Annual report of the Bengal Veterinary College and of the Civil Veterinary Department, Bengal, for the year 1920-21 - 1920-1921
Year: 1920
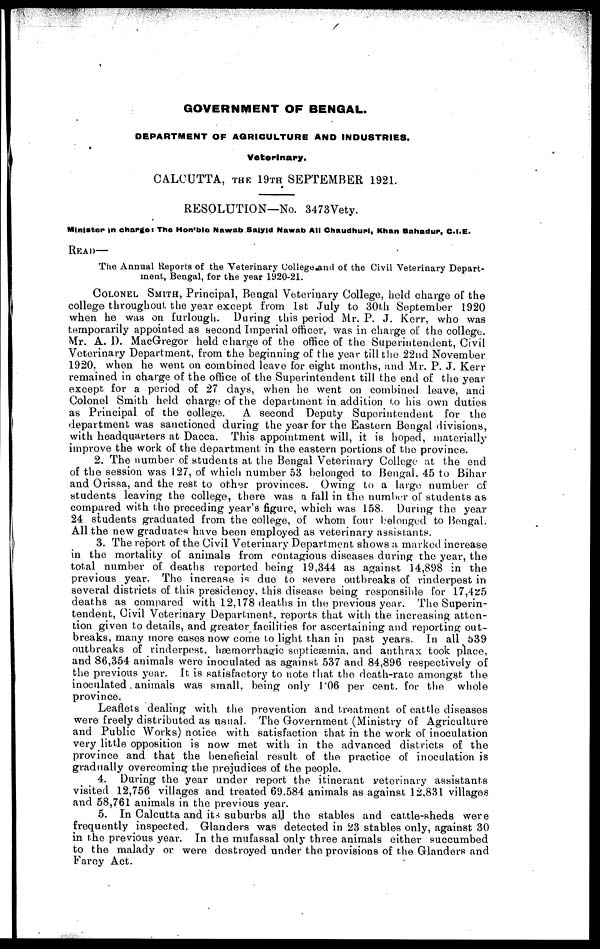
GOVERNMENT OF BENGAL.
DEPARTMENT OF AGRICULTURE AND INDUSTRIES.
Veterinary.
CALCUTTA, THE 19TH SEPTEMBER 1921.
RESOLUTION—No. 3473Vety.
Minister in charges The Hon'ble Nawab Saiyld Nawab All Chaudhurl, Khan Bahadur, C.I.E.
READ—
The Annual Reports of the Veterinary College and of the Civil Veterinary Depart-
ment, Bengal, for the year 1920-21.
COLONEL SMITH, Principal, Bengal Veterinary College, held charge of the
college throughout the year except from 1st July to 30th September 1920
when he was on furlough. During this period Mr. P. J. Kerr, who was
temporarily appointed as second Imperial officer, was in charge of the college.
Mr. A. 1). MacGregor held charge of the office of the Superintendent, Civil
Veterinary Department, from the beginning of the year till the 22nd November
1920, when he went on combined leave for eight months, and Mr. P. J. Kerr
remained in charge of the office of the Superintendent till the end of the year
except for a period of 27 days, when he went on combined leave, and
Colonel Smith held charge of the department in addition to his own duties
as Principal of the college. A second Deputy Superintendent for the
department was sanctioned during the year for the Eastern Bengal divisions,
with headquarters at Dacca. This appointment will, it is hoped, materially
improve the work of the department in the eastern portions of the province.
2. The number of students at the Bengal Veterinary College at the end
of the session was 127, of which number 53 belonged to Bengal, 45 to Bihar
and Orissa, and the rest to other provinces. Owing to a large number of
students leaving the college, there was a fall in the number of students as
compared with the preceding year's figure, which was 158. During the year
24 students graduated from the college, of whom four belonged to Bengal.
All the new graduates have been employed as veterinary assistants.
3. The report of the Civil Veterinary Department shows a marked increase
in the mortality of animals from contagious diseases during the year, the
total number of deaths reported being 19,344 as against 14,898 in the
previous year. The increase is due to severe outbreaks of rinderpest in
several districts of this presidency, this disease being responsible for 17,4z5
deaths as compared with 12,178 deaths in the previous year. The Superin-
tendent, Civil Veterinary Department, reports that with the increasing atten-
tion given to details, and greater facilities for ascertaining and reporting out-
breaks, many more cases now come to light than in past years. In all 539
outbreaks of rinderpest, hæmorrhagic septicæmia, and anthrax took place,
and 86,354 animals were inoculated as against 537 and 84,896 respectively of
the previous year. It is satisfactory to note that the death-race amongst the
inoculated animals was small, being only 106 per cent. for the whole
province.
Leaflets dealing with the prevention and treatment of cattle diseases
were freely distributed as usual. The Government (Ministry of Agriculture
and Public Works) notice with satisfaction that in the work of inoculation
very little opposition is now met with in the advanced districts of the
province and that the beneficial result of the practice of inoculation is
gradually overcoming the prejudices of the people.
4. During the year under report the itinerant veterinary assistants
visited 12,756 villages and treated 69.584 animals as against 12,831 villages
and 58,761 animals in the previous year.
5. In Calcutta and its suburbs all the stables and cattle-sheds were
frequently inspected. Glanders was detected in 23 stables only, against 30
in the previous year. In the mufassal only three animals either succumbed
to the malady or were destroyed under the provisions of the Glanders and
Farcy Act.